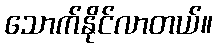
သောက်နိုင်လာတယ်။